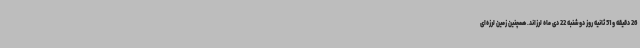
26 دقیقه و 51 ثانیه روز دوشنبه 22 دی ماه لرزاند. همچنین زمین لرزه‌ای